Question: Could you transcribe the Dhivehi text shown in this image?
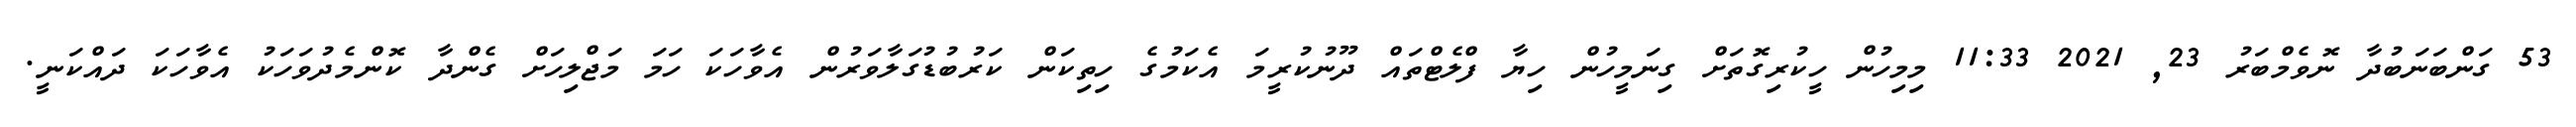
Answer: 53 ގަންބަނަބުދާ ނޮވެމްބަރު 23, 2021 11:33 މިމިހުން ހީކުރިގޮތަށް ގިނަމީހުން ހިޔާ ފްލެޓްތައް ދޫނުކުރީމަ އެކަމުގެ ހިތިކަން ކަރުބުޑުގަލާވަރުން އެވާހަކަ ހަމަ މަޖްލިހަށް ގެންދާ ކޮންމެދުވަހަކު އެވާހަކަ ދައްކަނީ.